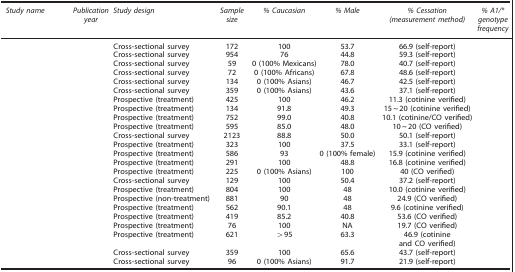
<table><thead><tr><td><b><i>Study name</i></b></td><td><b><i>Publication year</i></b></td><td><b><i>Study design</i></b></td><td><b><i>Sample size</i></b></td><td><b><i>% Caucasian</i></b></td><td><b><i>% Male</i></b></td><td><b><i>% Cessation (measurement method)</i></b></td><td><b><i>% A1/* genotype frequency</i></b></td></tr></thead><tbody><tr><td>[EMPTY_CELL]</td><td>[EMPTY_CELL]</td><td>Cross-sectional survey</td><td>172</td><td>100</td><td>53.7</td><td>66.9 (self-report)</td><td>[EMPTY_CELL]</td></tr><tr><td>[EMPTY_CELL]</td><td>[EMPTY_CELL]</td><td>Cross-sectional survey</td><td>954</td><td>76</td><td>44.8</td><td>59.3 (self-report)</td><td>[EMPTY_CELL]</td></tr><tr><td>[EMPTY_CELL]</td><td>[EMPTY_CELL]</td><td>Cross-sectional survey</td><td>59</td><td>0 (100% Mexicans)</td><td>78.0</td><td>40.7 (self-report)</td><td>[EMPTY_CELL]</td></tr><tr><td>[EMPTY_CELL]</td><td>[EMPTY_CELL]</td><td>Cross-sectional survey</td><td>72</td><td>0 (100% Africans)</td><td>67.8</td><td>48.6 (self-report)</td><td>[EMPTY_CELL]</td></tr><tr><td>[EMPTY_CELL]</td><td>[EMPTY_CELL]</td><td>Cross-sectional survey</td><td>134</td><td>0 (100% Asians)</td><td>46.7</td><td>42.5 (self-report)</td><td>[EMPTY_CELL]</td></tr><tr><td>[EMPTY_CELL]</td><td>[EMPTY_CELL]</td><td>Cross-sectional survey</td><td>359</td><td>0 (100% Asians)</td><td>43.6</td><td>37.1 (self-report)</td><td>[EMPTY_CELL]</td></tr><tr><td>[EMPTY_CELL]</td><td>[EMPTY_CELL]</td><td>Prospective (treatment)</td><td>425</td><td>100</td><td>46.2</td><td>11.3 (cotinine verified)</td><td>[EMPTY_CELL]</td></tr><tr><td>[EMPTY_CELL]</td><td>[EMPTY_CELL]</td><td>Prospective (treatment)</td><td>134</td><td>91.8</td><td>49.3</td><td>15~20 (cotinine verified)</td><td>[EMPTY_CELL]</td></tr><tr><td>[EMPTY_CELL]</td><td>[EMPTY_CELL]</td><td>Prospective (treatment)</td><td>752</td><td>99.0</td><td>40.8</td><td>10.1 (cotinine/CO verified)</td><td>[EMPTY_CELL]</td></tr><tr><td>[EMPTY_CELL]</td><td>[EMPTY_CELL]</td><td>Prospective (treatment)</td><td>595</td><td>85.0</td><td>48.0</td><td>10~20 (CO verified)</td><td>[EMPTY_CELL]</td></tr><tr><td>[EMPTY_CELL]</td><td>[EMPTY_CELL]</td><td>Cross-sectional survey</td><td>2123</td><td>88.8</td><td>50.0</td><td>50.1 (self-report)</td><td>[EMPTY_CELL]</td></tr><tr><td>[EMPTY_CELL]</td><td>[EMPTY_CELL]</td><td>Prospective (treatment)</td><td>323</td><td>100</td><td>37.5</td><td>33.1 (self-report)</td><td>[EMPTY_CELL]</td></tr><tr><td>[EMPTY_CELL]</td><td>[EMPTY_CELL]</td><td>Prospective (treatment)</td><td>586</td><td>93</td><td>0 (100% female)</td><td>15.9 (cotinine verified)</td><td>[EMPTY_CELL]</td></tr><tr><td>[EMPTY_CELL]</td><td>[EMPTY_CELL]</td><td>Prospective (treatment)</td><td>291</td><td>100</td><td>48.8</td><td>16.8 (cotinine verified)</td><td>[EMPTY_CELL]</td></tr><tr><td>[EMPTY_CELL]</td><td>[EMPTY_CELL]</td><td>Prospective (treatment)</td><td>225</td><td>0 (100% Asians)</td><td>100</td><td>40 (CO verified)</td><td>[EMPTY_CELL]</td></tr><tr><td>[EMPTY_CELL]</td><td>[EMPTY_CELL]</td><td>Cross-sectional survey</td><td>129</td><td>100</td><td>50.4</td><td>37.2 (self-report)</td><td>[EMPTY_CELL]</td></tr><tr><td>[EMPTY_CELL]</td><td>[EMPTY_CELL]</td><td>Prospective (treatment)</td><td>804</td><td>100</td><td>48</td><td>10.0 (cotinine verified)</td><td>[EMPTY_CELL]</td></tr><tr><td>[EMPTY_CELL]</td><td>[EMPTY_CELL]</td><td>Prospective (non-treatment)</td><td>881</td><td>90</td><td>48</td><td>24.9 (CO verified)</td><td>[EMPTY_CELL]</td></tr><tr><td>[EMPTY_CELL]</td><td>[EMPTY_CELL]</td><td>Prospective (treatment)</td><td>562</td><td>90.1</td><td>48</td><td>9.6 (cotinine verified)</td><td>[EMPTY_CELL]</td></tr><tr><td>[EMPTY_CELL]</td><td>[EMPTY_CELL]</td><td>Prospective (treatment)</td><td>419</td><td>85.2</td><td>40.8</td><td>53.6 (CO verified)</td><td>[EMPTY_CELL]</td></tr><tr><td>[EMPTY_CELL]</td><td>[EMPTY_CELL]</td><td>Prospective (treatment)</td><td>76</td><td>100</td><td>NA</td><td>19.7 (CO verified)</td><td>[EMPTY_CELL]</td></tr><tr><td>[EMPTY_CELL]</td><td>[EMPTY_CELL]</td><td>Prospective (treatment)</td><td>621</td><td>&gt;95</td><td>63.3</td><td>46.9 (cotinine and CO verified)</td><td>[EMPTY_CELL]</td></tr><tr><td>[EMPTY_CELL]</td><td>[EMPTY_CELL]</td><td>Cross-sectional survey</td><td>359</td><td>100</td><td>65.6</td><td>43.7 (self-report)</td><td>[EMPTY_CELL]</td></tr><tr><td>[EMPTY_CELL]</td><td>[EMPTY_CELL]</td><td>Cross-sectional survey</td><td>96</td><td>0 (100% Asians)</td><td>91.7</td><td>21.9 (self-report)</td><td>[EMPTY_CELL]</td></tr></tbody></table>